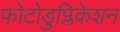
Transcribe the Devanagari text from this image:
फोटोडुप्लिकेशन